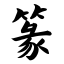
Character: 篆